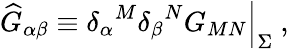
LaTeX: {\widehat G}_{\alpha\beta}\equiv{\delta_{\alpha}}^{M}{\delta_{\beta}}^{N}G_{MN}\Big|_{\Sigma}~,